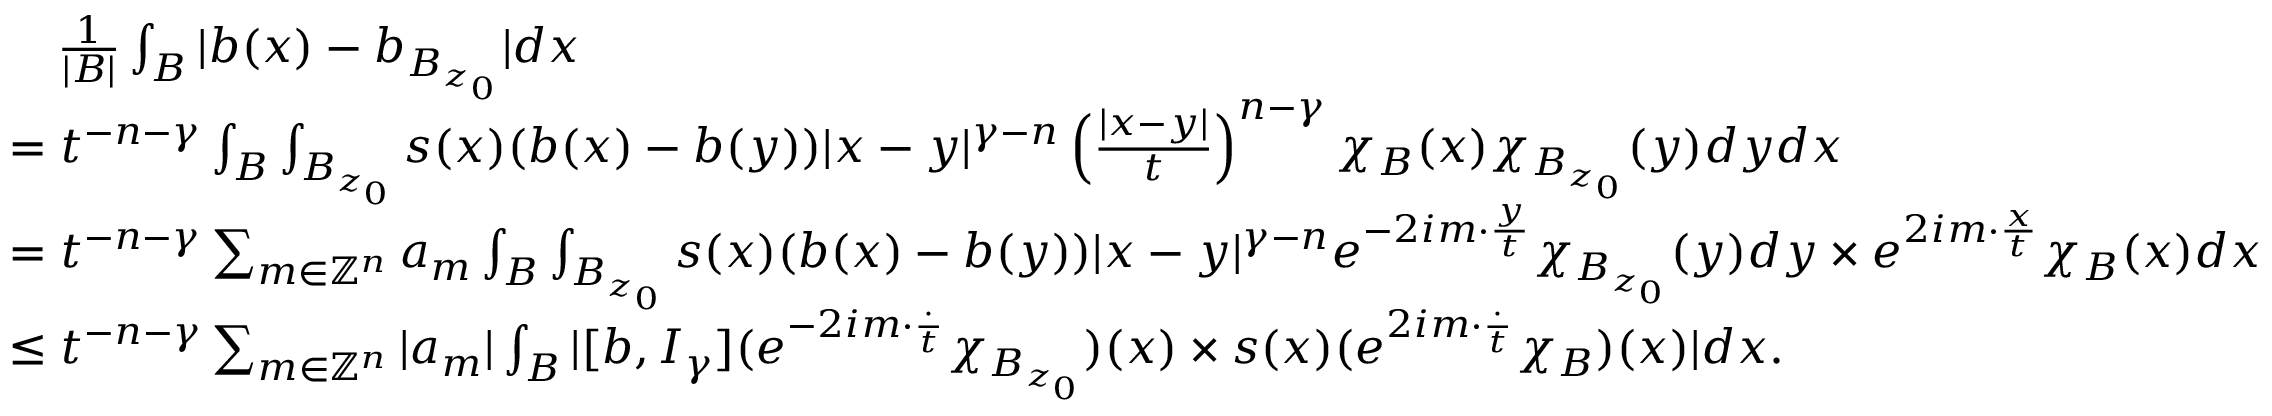
\begin{array} { r l } & { \quad \frac { 1 } { | B | } \int _ { B } | b ( x ) - b _ { B _ { z _ { 0 } } } | d x } \\ & { = t ^ { - n - \gamma } \int _ { B } \int _ { B _ { z _ { 0 } } } s ( x ) ( b ( x ) - b ( y ) ) | x - y | ^ { \gamma - n } \left( \frac { | x - y | } { t } \right) ^ { n - \gamma } \chi _ { B } ( x ) \chi _ { B _ { z _ { 0 } } } ( y ) d y d x } \\ & { = t ^ { - n - \gamma } \sum _ { m \in \mathbb { Z } ^ { n } } a _ { m } \int _ { B } \int _ { B _ { z _ { 0 } } } s ( x ) ( b ( x ) - b ( y ) ) | x - y | ^ { \gamma - n } e ^ { - 2 i m \cdot \frac { y } { t } } \chi _ { B _ { z _ { 0 } } } ( y ) d y \times e ^ { 2 i m \cdot \frac { x } { t } } \chi _ { B } ( x ) d x } \\ & { \leq t ^ { - n - \gamma } \sum _ { m \in \mathbb { Z } ^ { n } } | a _ { m } | \int _ { B } | [ b , I _ { \gamma } ] ( e ^ { - 2 i m \cdot \frac { \cdot } { t } } \chi _ { B _ { z _ { 0 } } } ) ( x ) \times s ( x ) ( e ^ { 2 i m \cdot \frac { \cdot } { t } } \chi _ { B } ) ( x ) | d x . } \end{array}